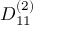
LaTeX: { D } _ { 1 1 } ^ { ( 2 ) }